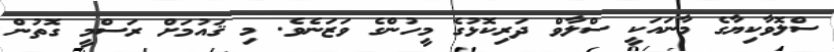
ސްލޮވާކިޔާގެ މާނައަކީ ސްލާވް ދަރިކޮޅުގެ މީހުންގެ ވަޒަނެވެ. މި ޤައުމަށް ރަސްމީ ގޮތުން